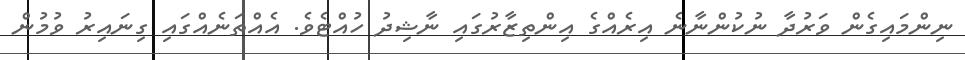
ނިންމައިގެން ވަރުދާ ނުކުންނާނެ އިރެއްގެ އިންތިޒާރުގައި ނާޝިދު ހުއްޓެވެ. އެއްތަނެއްގައި ގިނައިރު ވުމުން